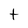
Character: t